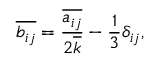
\overline { { b _ { i j } } } = \frac { \overline { { a _ { i j } } } } { 2 \overline { { k } } } - \frac { 1 } { 3 } \delta _ { i j } ,